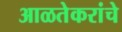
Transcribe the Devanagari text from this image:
आळतेकरांचे